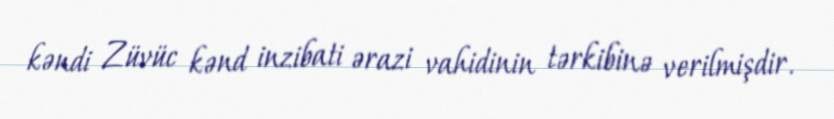
kəndi Züvüc kənd inzibati ərazi vahidinin tərkibinə verilmişdir.